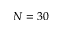
N = 3 0